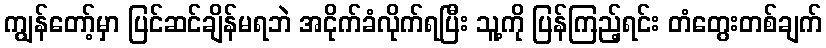
ကျွန်တော့်မှာ ပြင်ဆင်ချိန်မရဘဲ အငိုက်ခံလိုက်ရပြီး သူ့ကို ပြန်ကြည့်ရင်း တံတွေးတစ်ချက်